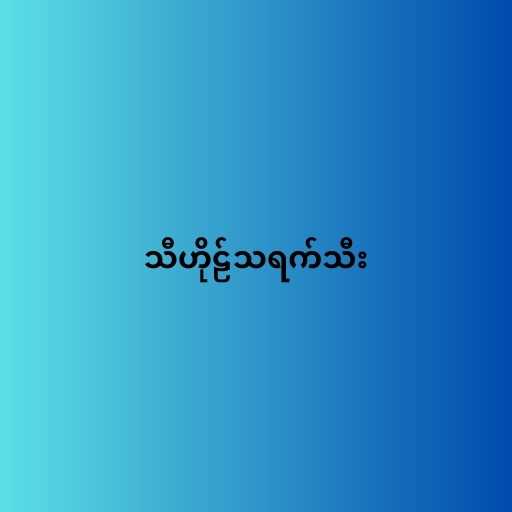
သီဟိုဠ်သရက်သီး